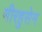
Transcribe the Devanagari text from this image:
मीरहुसेन